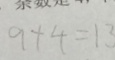
9 + 4 = 1 3